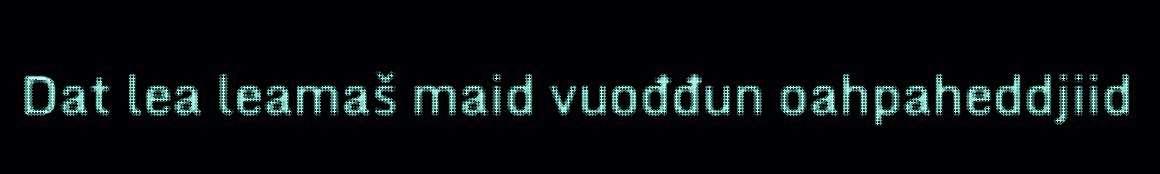
Dat lea leamaš maid vuođđun oahpaheddjiid